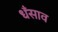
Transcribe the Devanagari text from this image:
धँसाव